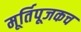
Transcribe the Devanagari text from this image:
मूर्तिपूजकच